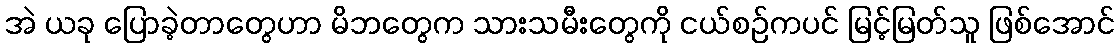
အဲ ယခု ပြောခဲ့တာတွေဟာ မိဘတွေက သားသမီးတွေကို ငယ်စဉ်ကပင် မြင့်မြတ်သူ ဖြစ်အောင်